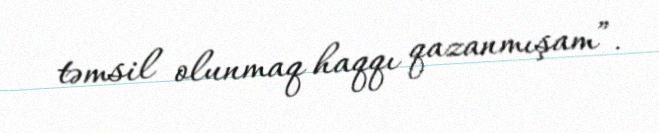
təmsil olunmaq haqqı qazanmışam”.